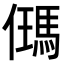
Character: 𪝰